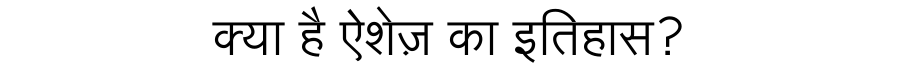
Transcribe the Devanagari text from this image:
क्या है ऐशेज़ का इतिहास?